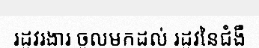
រដូវរងារ ចូលមកដល់ រដូវនៃជំងឺ